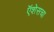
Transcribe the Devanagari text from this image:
ऍशेसचा